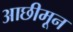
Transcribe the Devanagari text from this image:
आछीमून